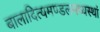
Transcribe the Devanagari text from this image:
बालादित्यमण्डलमध्यस्थां